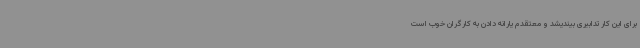
برای این کار تدابیری بیندیشد و معتقدم یارانه دادن به کارگران خوب است